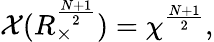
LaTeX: {\cal X}(R_{\times}^{\frac{N+1}{2}})={\chi}^{\frac{N+1}{2}},